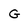
Character: G